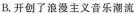
B.开创了浪漫主义音乐潮流